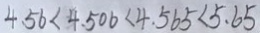
4 . 5 6 < 4 . 5 0 6 < 4 . 5 6 5 < 5 . 6 5